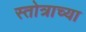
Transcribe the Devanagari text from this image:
स्तोत्राच्या